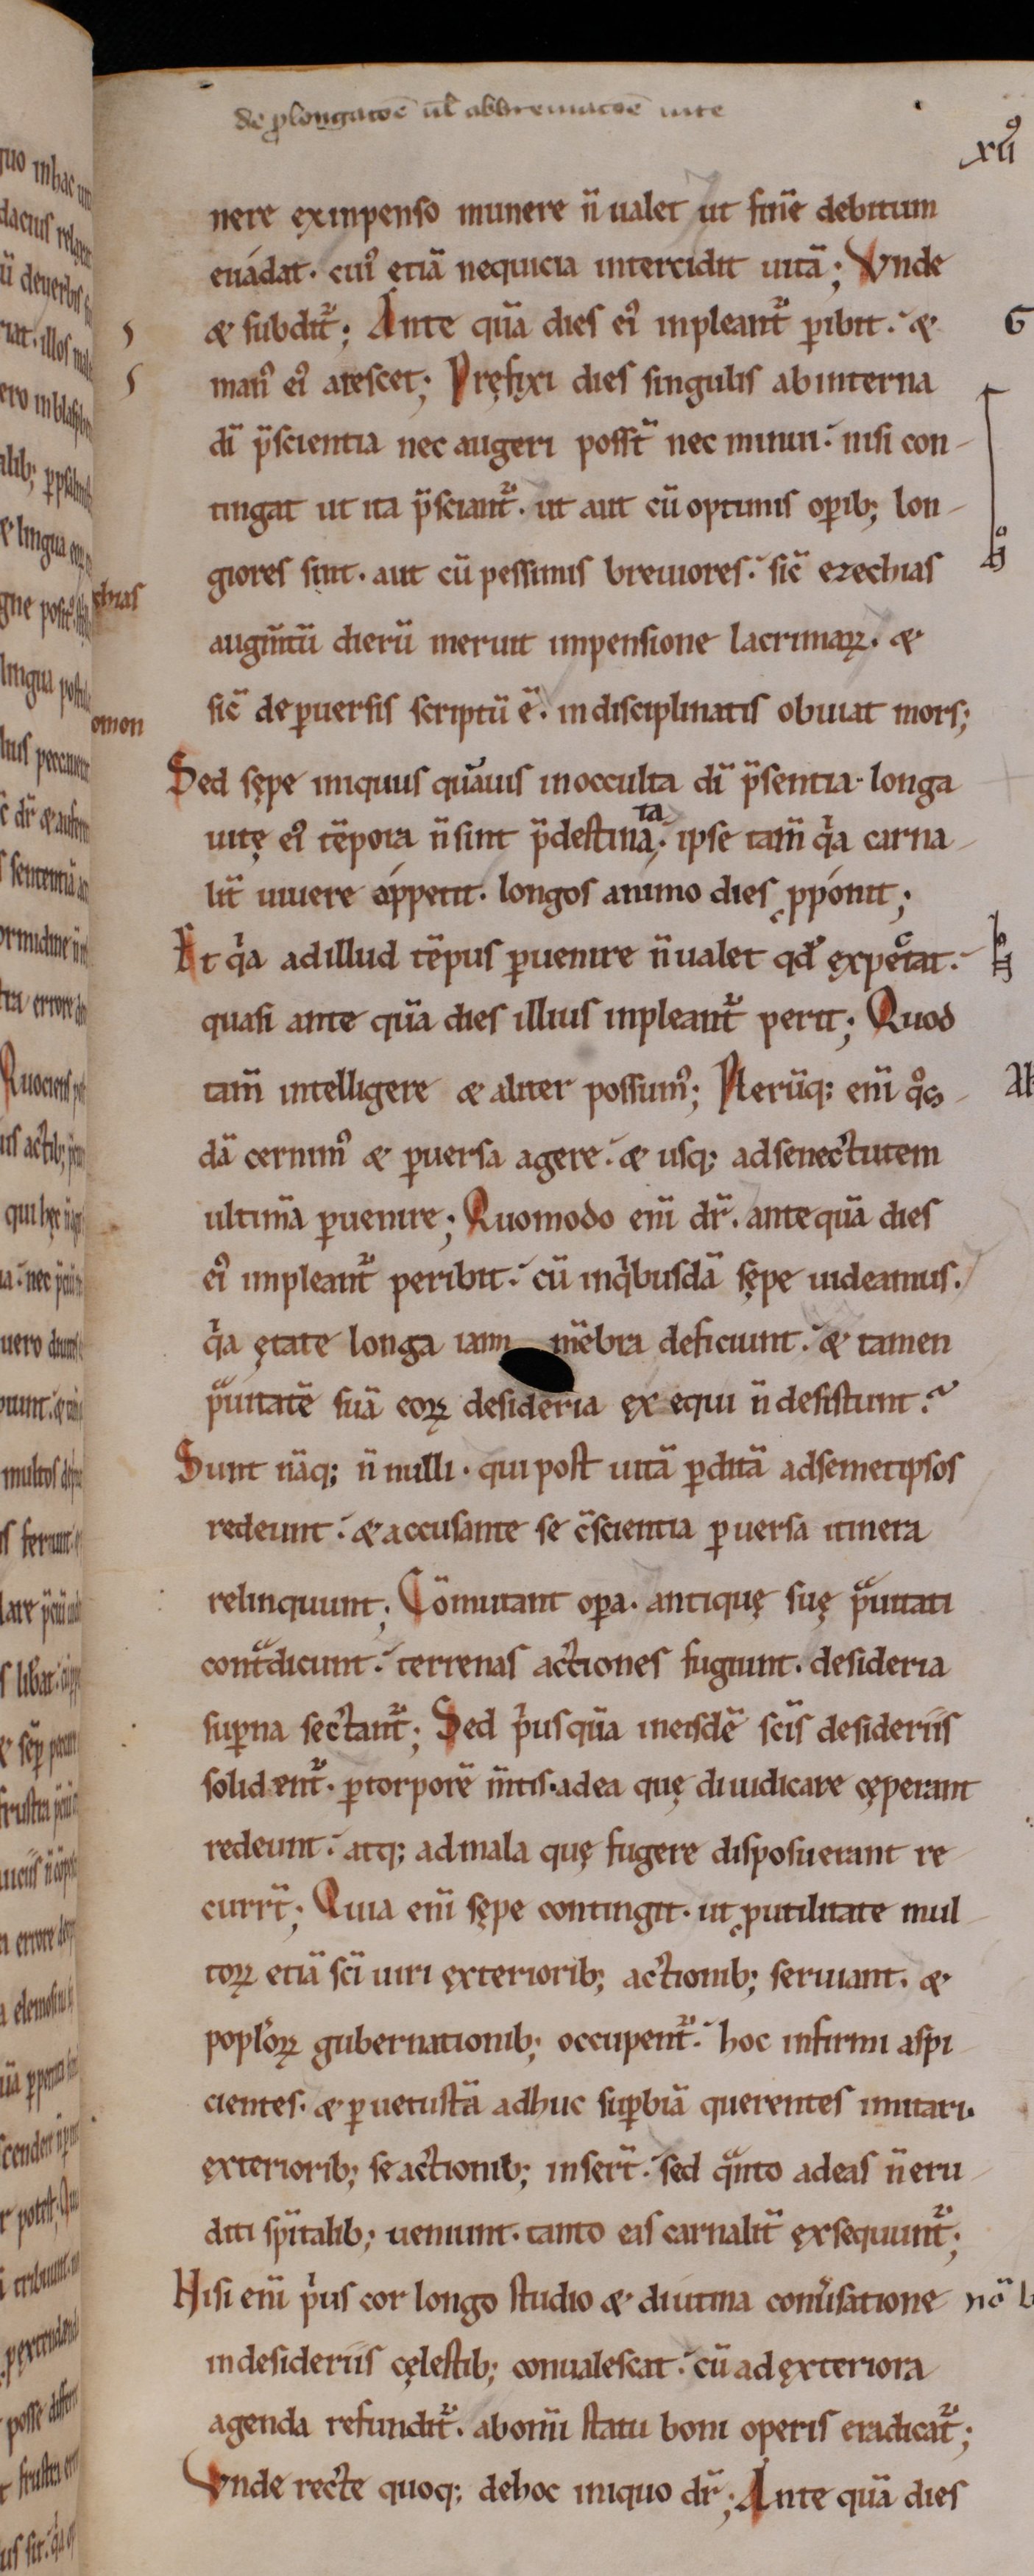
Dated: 1000–1199